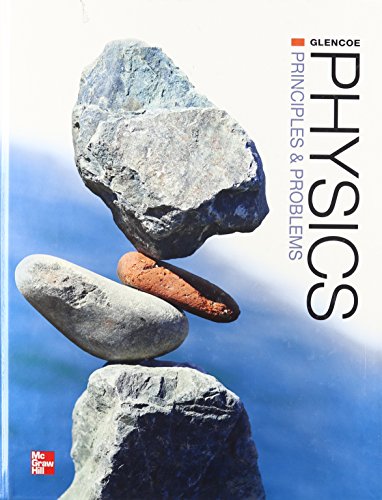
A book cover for Physics: Principles & Problems; Paul W. Zitzewitz; Teen & Young Adult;